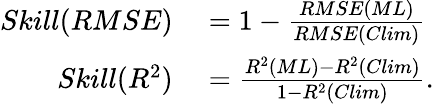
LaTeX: \begin{array}{rl}{Skill(RMSE)}&{{}=1-\frac{RMSE(ML)}{RMSE(Clim)}}\\ {Skill(R^{2})}&{{}=\frac{R^{2}(ML)-R^{2}(Clim)}{1-R^{2}(Clim)}.}\end{array}